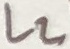
Text: L2